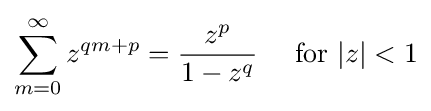
\sum _{m=0}^{\infty }z^{qm+p}={\frac {z^{p}}{1-z^{q}}}\quad {\text{ for }}|z|<1